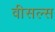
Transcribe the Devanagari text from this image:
वीसल्स